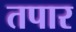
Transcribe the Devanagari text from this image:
तपार